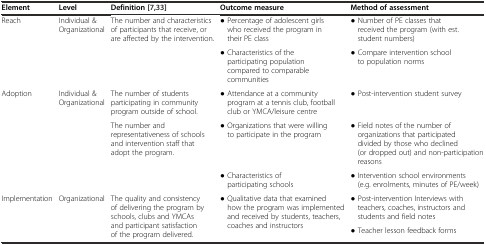
<table><thead><tr><td><b>Element</b></td><td><b>Level</b></td><td><b>Definition[7, 33]</b></td><td><b>Outcome measure</b></td><td><b>Method of assessment</b></td></tr></thead><tbody><tr><td>Reach</td><td>Individual &amp; Organizational</td><td>The number and characteristics of participants that receive, or are affected by the intervention.</td><td>● Percentage of adolescent girls who received the program in their PE class</td><td>● Number of PE classes that received the program (with est. student numbers)</td></tr><tr><td></td><td></td><td></td><td>● Characteristics of the participating population compared to comparable communities</td><td>● Compare intervention school to population norms</td></tr><tr><td>Adoption</td><td>Individual &amp; Organizational</td><td>The number of students participating in community program outside of school.</td><td>● Attendance at a community program at a tennis club, football club or YMCA/leisure centre</td><td>● Post-intervention student survey</td></tr><tr><td></td><td></td><td>The number and representativeness of schools and intervention staff that adopt the program.</td><td>● Organizations that were willing to participate in the program</td><td>● Field notes of the number of organizations that participated divided by those who declined (or dropped out) and non-participation reasons</td></tr><tr><td></td><td></td><td></td><td>● Characteristics of participating schools</td><td>● Intervention school environments (e.g. enrolments, minutes of PE/week)</td></tr><tr><td rowspan="2">Implementation</td><td rowspan="2">Organizational</td><td rowspan="2">The quality and consistency of delivering the program by schools, clubs and YMCAs and participant satisfaction of the program delivered.</td><td rowspan="2">● Qualitative data that examined how the program was implemented and received by students, teachers, coaches and instructors</td><td>● Post-intervention Interviews with teachers, coaches, instructors and students and field notes</td></tr><tr><td>● Teacher lesson feedback forms</td></tr></tbody></table>